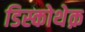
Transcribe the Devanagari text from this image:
डिस्कोथेक़